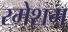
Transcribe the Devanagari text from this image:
रमेशम्